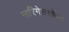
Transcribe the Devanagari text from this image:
गारिगेससोबत